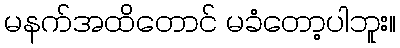
မနက်အထိတောင် မခံတော့ပါဘူး။